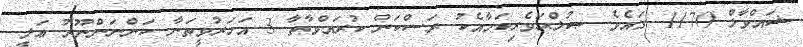
ޝައްވާލް 1170 ގައެވެ. ޞުލްޙަވެރިކަމާއެކު ރަސްކަން ކުރައްވާތާ 3 އަހަރުވީތަނާ ކަންނަންނޫރު ޢަލީ